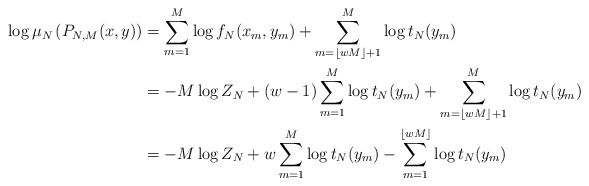
\begin{align*} \log \mu_N\left(P_{N,M}(x,y)\right) & = \sum_{m=1}^M \log f_N(x_m,y_m) + \sum_{m=\lfloor wM\rfloor +1}^M \log t_N(y_m) \\ & = -M\log Z_N + (w-1)\sum_{m=1}^M \log t_N(y_m) + \sum_{m=\lfloor wM\rfloor +1}^M \log t_N(y_m) \\ & = -M \log Z_N + w \sum_{m=1}^M \log t_N(y_m) - \sum_{m=1}^{\lfloor wM\rfloor} \log t_N(y_m)\end{align*}